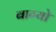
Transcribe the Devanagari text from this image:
बाग्यो